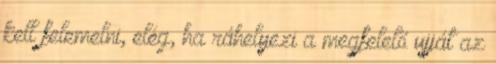
kell felemelni, elég, ha ráhelyezi a megfelelő ujját az